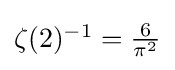
{\textstyle \zeta (2)^{-1}={\frac {6}{\pi ^{2}}}}